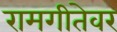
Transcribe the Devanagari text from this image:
रामगीतेवर